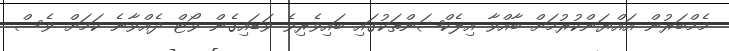
މެމްބަރުން އައްޔަންކުރުމަށް ބާއްވާ އިލެކްޝަންތަކުގައި ބައިވެރިވެ ވަޑައިގެން ވޯޓް ދެއްވާނެ ކަމަށް ވެސް